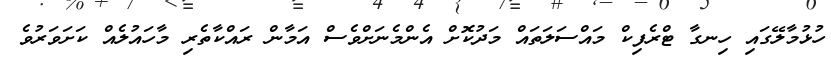
ހުޅުމާލޭގައި ހިނގާ ޓްރެފިކް މައްސަލަތައް މަދުކޮށް އެންމެނަށްވެސް އަމާން ރައްކާތެރި މާހައުލެއް ކަށަވަރުވެ